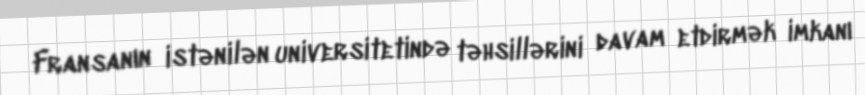
Fransanın istənilən universitetində təhsillərini davam etdirmək imkanı